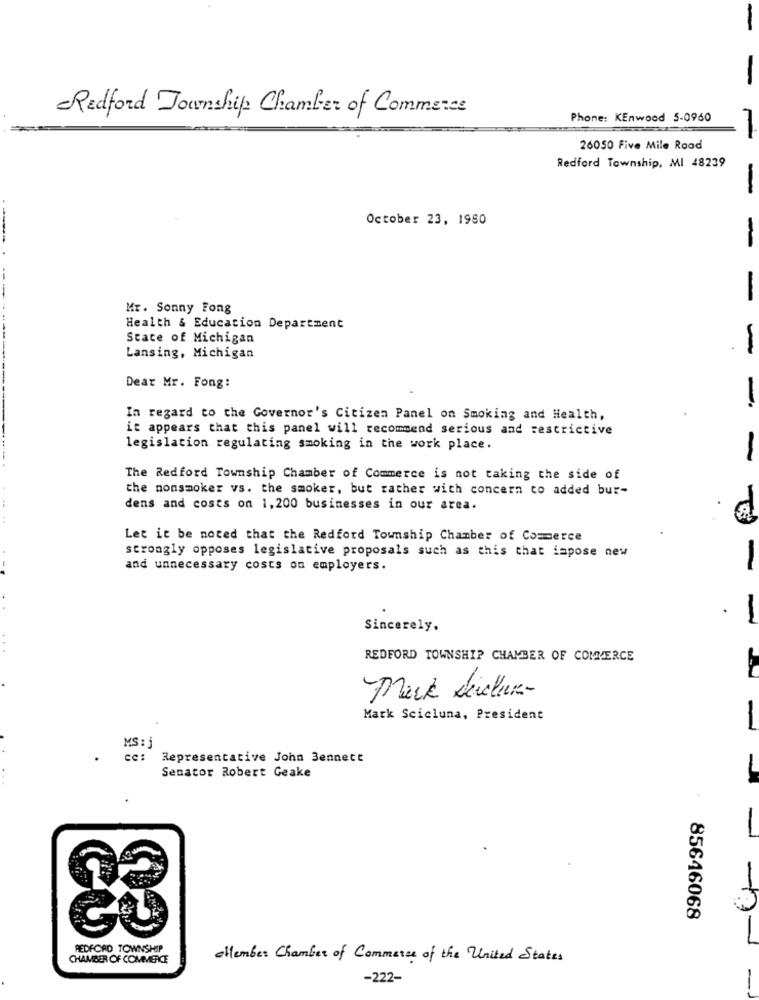
-
-
Redford Township Chamber of Commerce
Phone: KEnwood 5-0960
26050 Five Mile Road
Redford Township, MI 48239
-
October 23, 1980
-
-
Mr. Sonny Fong
Health & Education Department
State of Michigan
Lansing, Michigan
-
Dear Mr. Fong:
-
In regard to the Governor's Citizen Panel on Smoking and Health,
it appears that this panel will recommend serious and restrictive
legislation regulating smoking in the work place.
-
The Redford Township Chamber of Commerce is not taking the side of
the nonsmoker vs. the smoker, but rather with concern to added bur-
dens and costs on 1,200 businesses in our area.
Let it be noted that the Redford Township Chamber of Commerce
strongly opposes legislative proposals such as this that impose new
and unnecessary costs on employers.
-
1
Sincerely.
REDFORD TOWNSHIP CHAMBER OF COMMERCE
Pack serelher-
Mark Scicluna, President
MS : j
cc:
Representative John Bennece
Senator Robert Geake
-
85646068
REDFORD TOWNSHIP
CHAMBER OF COMMERCE
cllember Chamber of Commerce of the United States
-222-
-- -